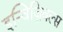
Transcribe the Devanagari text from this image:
इन्विज़िबल्स